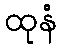
ထုနံ